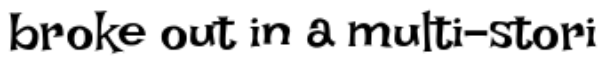
broke out in a multi-stori